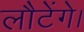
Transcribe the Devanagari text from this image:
लौटेंगे।